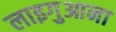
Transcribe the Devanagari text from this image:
लाइगुआना